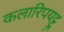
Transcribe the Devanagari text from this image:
कलारिपयट्टू